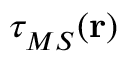
\tau _ { M S } ^ { } ( \mathbf { r } )